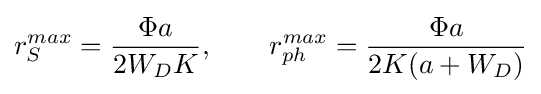
r_{S}^{max}={\frac {\Phi a}{2W_{D}K}},\qquad r_{ph}^{max}={\frac {\Phi a}{2K(a+W_{D})}}